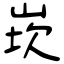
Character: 崁